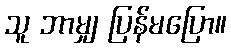
သူ ဘာမျှ ပြန်မပြော။